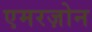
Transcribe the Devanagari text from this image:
एमरज़ोन